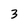
Character: 3